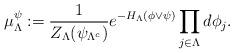
LaTeX: \begin{align*}\mu^{\psi}_{\Lambda} := \frac{1}{Z_{\Lambda}(\psi_{\Lambda^c})}e^{-H_{\Lambda}(\phi\vee\psi)}\prod_{j \in \Lambda}d\phi_j .\end{align*}